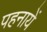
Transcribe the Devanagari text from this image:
पहनायें